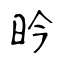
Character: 昑